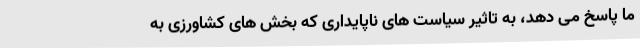
ما پاسخ می دهد، به تاثیر سیاست های ناپایداری که بخش های کشاورزی به